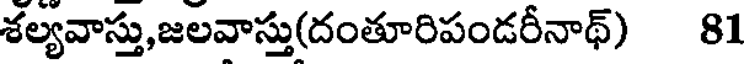
శల్యవాస్తు,జలవాస్తు(దంతూరిపండరీనాథ్) 81